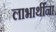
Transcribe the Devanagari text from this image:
लाभार्थींना